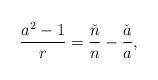
LaTeX: \begin{align*}\frac{a^2-1}{r}=\frac{\check{n}}{n}-\frac{\check{a}}{a},\end{align*}